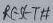
Text: RESET#